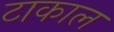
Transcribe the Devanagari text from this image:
टाकाल